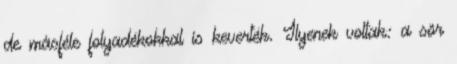
de másféle folyadékokkal is keverték. Ilyenek voltak: a sör